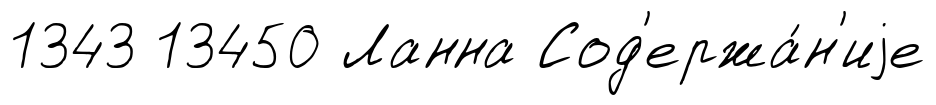
1343 13450 Ланна Сод'ержа́н'иjе